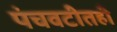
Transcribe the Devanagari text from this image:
पंचवटीतही